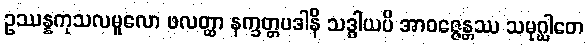
ဥဿန္နကုသလမူလော ဖလတ္ထာ နက္ခတ္တပဒါနိ သဒ္ဓါယပိ အာဝဇ္ဇေန္တဿ သမုဂ္ဃါတေ